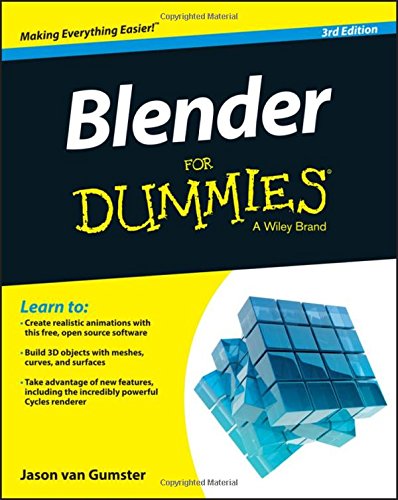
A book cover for Blender For Dummies; Jason van Gumster; Computers & Technology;